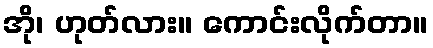
အို၊ ဟုတ်လား။ ကောင်းလိုက်တာ။